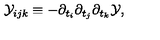
{ \cal Y } _ { i j k } \equiv - \partial _ { t _ { i } } \partial _ { t _ { j } } \partial _ { t _ { k } } { \cal Y } ,